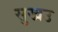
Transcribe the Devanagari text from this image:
सुखउ